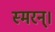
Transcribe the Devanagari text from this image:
स्मरन्‌।